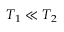
T _ { 1 } \ll T _ { 2 }